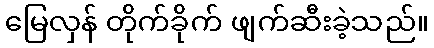
မြေလှန် တိုက်ခိုက် ဖျက်ဆီးခဲ့သည်။